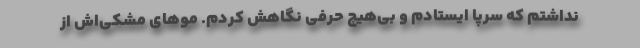
نداشتم که سرپا ایستادم و بی‌هیچ حرفی نگاهش کردم. موهای مشکی‌اش از